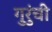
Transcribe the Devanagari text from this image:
गुरुंची